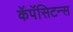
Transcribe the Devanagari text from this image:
कॅपॅसिटन्स